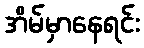
အိမ်မှာနေရင်း